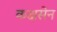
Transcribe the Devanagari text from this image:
कक्षसेन